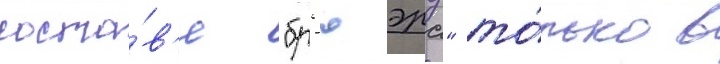
соста́в'е "бр'юэрс" то́лько в